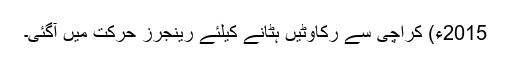
2015ء) کراچی سے رکاوٹیں ہٹانے کیلئے رینجرز حرکت میں آگئی۔